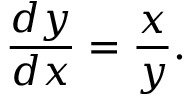
{ \frac { d y } { d x } } = { \frac { x } { y } } .